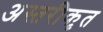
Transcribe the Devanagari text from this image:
अस्तरीकृत